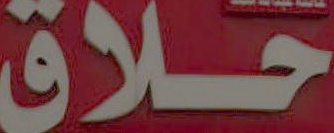
حلاق